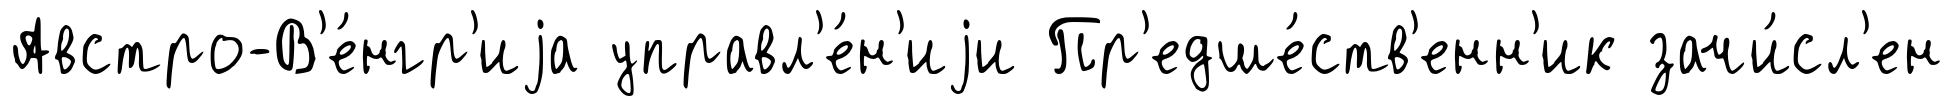
Австро-В'е́нгр'иjа управл'е́н'иjи Пр'едше́ств'енн'ик зачи́сл'ен